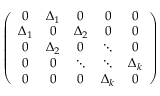
\left( \begin{array} { c c c c c } { { 0 } } & { { \Delta _ { 1 } } } & { { 0 } } & { { 0 } } & { { 0 } } \\ { { \Delta _ { 1 } } } & { { 0 } } & { { \Delta _ { 2 } } } & { { 0 } } & { { 0 } } \\ { { 0 } } & { { \Delta _ { 2 } } } & { { 0 } } & { { \ddots } } & { { 0 } } \\ { { 0 } } & { { 0 } } & { { \ddots } } & { { \ddots } } & { { \Delta _ { k } } } \\ { { 0 } } & { { 0 } } & { { 0 } } & { { \Delta _ { k } } } & { { 0 } } \end{array} \right)